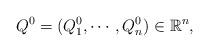
LaTeX: \begin{align*}Q^0&=(Q^0_1,\cdots,Q^0_n)\in\mathbb{R}^n,\end{align*}